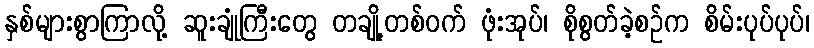
နှစ်များစွာကြာလို့ ဆူးချုံကြီးတွေ တချို့တစ်ဝက် ဖုံးအုပ်၊ စိုစွတ်ခဲ့စဉ်က စိမ်းပုပ်ပုပ်၊